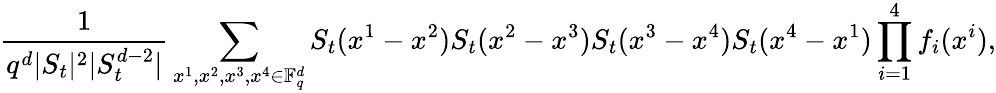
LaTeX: \frac{1}{q^{d}|S_{t}|^{2}|S_{t}^{d-2}|}\sum_{x^{1},x^{2},x^{3},x^{4}\in\mathbb F_{q}^{d}}S_{t}(x^{1}-x^{2})S_{t}(x^{2}-x^{3})S_{t}(x^{3}-x^{4})S_{t}(x^{4}-x^{1})\prod_{i=1}^{4}f_{i}(x^{i}),